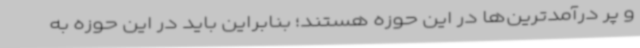
و پر درآمدترین‌ها در این حوزه هستند؛ بنابراین باید در این حوزه به